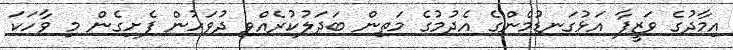
އިމާދުގެ ވަޒީފާ އަޅުގަނޑުމެންގެ އެދުމުގެ މަތިން ބަދަލުކުރެއްވި ދުވަހުން ފެށިގެން މި ވާހަކަ